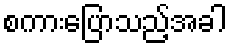
စကားပြောသည့်အခါ